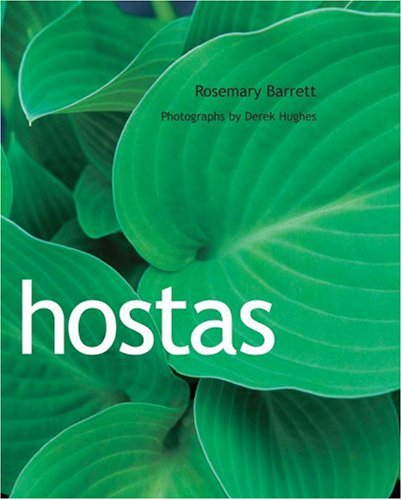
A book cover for Hostas; Rosemary Barrett; Crafts, Hobbies & Home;